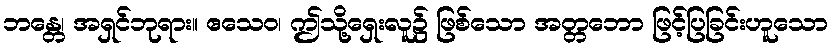
ဘန္တေ၊ အရှင်ဘုရား။ ဧသေဝ၊ ဤသို့ရှေးလူ၌ ဖြစ်သော အတ္တဘော ဖြင့်ပြခြင်းဟူသော